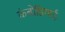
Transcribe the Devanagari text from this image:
कंबोडियाई